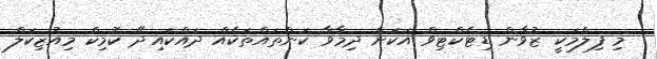
މި ފިލްމަކީ ޒުވާން ޑިޓެކްޓިވް އަކަށް ދިމާވާ ކަންތައްތަކެއް ދައްކައިދޭ ކޮމިކް މިއުޒިކަލް